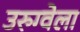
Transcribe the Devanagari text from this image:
उरुग्वेला